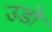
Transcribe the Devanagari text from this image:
उडो